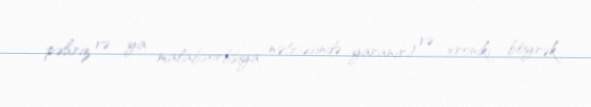
pəhriz və ya malabsorbsiya nəticəsində yaranır) və xroniki böyrək